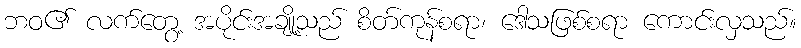
ဘဝ၏ လက်တွေ့ အပိုင်းအချို့သည် စိတ်ကုန်စရာ၊ ဒေါသဖြစ်စရာ ကောင်းလှသည်။